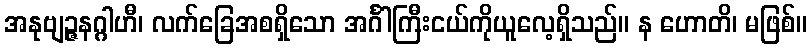
အနုဗျဉ္ဇနဂ္ဂါဟီ၊ လက်ခြေအစရှိသော အင်္ဂါကြီးငယ်ကိုယူလေ့ရှိသည်။ န ဟောတိ၊ မဖြစ်။